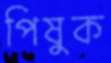
পিষুক